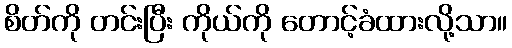
စိတ်ကို တင်းပြီး ကိုယ်ကို တောင့်ခံထားလို့သာ။